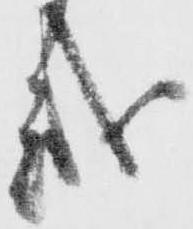
越